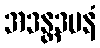
အဒန္တဒမနံ